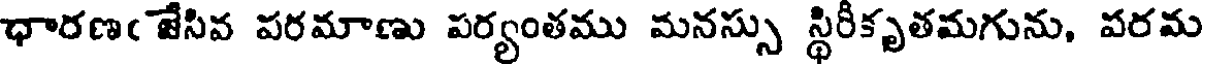
ధారణఁ జేసివ పరమాణు పర్యంతము మనస్సు స్థిరీకృతమగును, పరమ